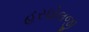
હરધોલજી